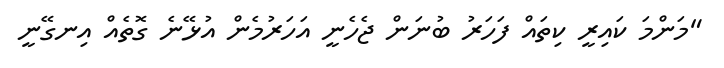
"މަންމަ ކައިރީ ކިތައް ފަހަރު ބުނަން ޖެހެނީ އަހަރުމެން އުޅޭނެ ގޮތެއް އިނގޭނީ